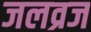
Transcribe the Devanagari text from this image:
जलव्रज